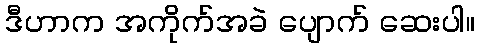
ဒီဟာက အကိုက်အခဲ ပျောက် ဆေးပါ။